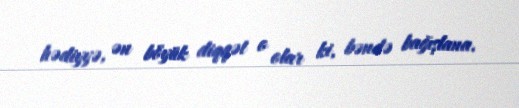
hədiyyə, ən böyük diqqət o olar ki, bəndə bağışlana.